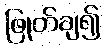
ဖြုတ်ချ၍